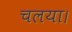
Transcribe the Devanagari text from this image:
चलया।